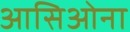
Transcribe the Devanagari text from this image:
आसिओना